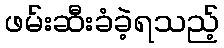
ဖမ်းဆီးခံခဲ့ရသည့်